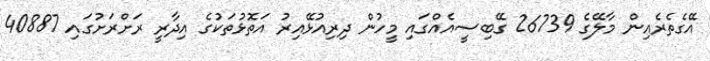
އޭގެތެރެއިން މާލޭގެ 26739 ގޭބިސީއެއްގައި މީހުން ދިރިއުޅޭއިރު އަތޮޅުތަކުގެ އިދާރީ ރަށްރަށުގައި 40887